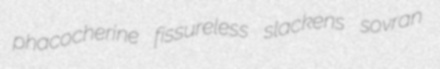
phacocherine fissureless slackens sovran